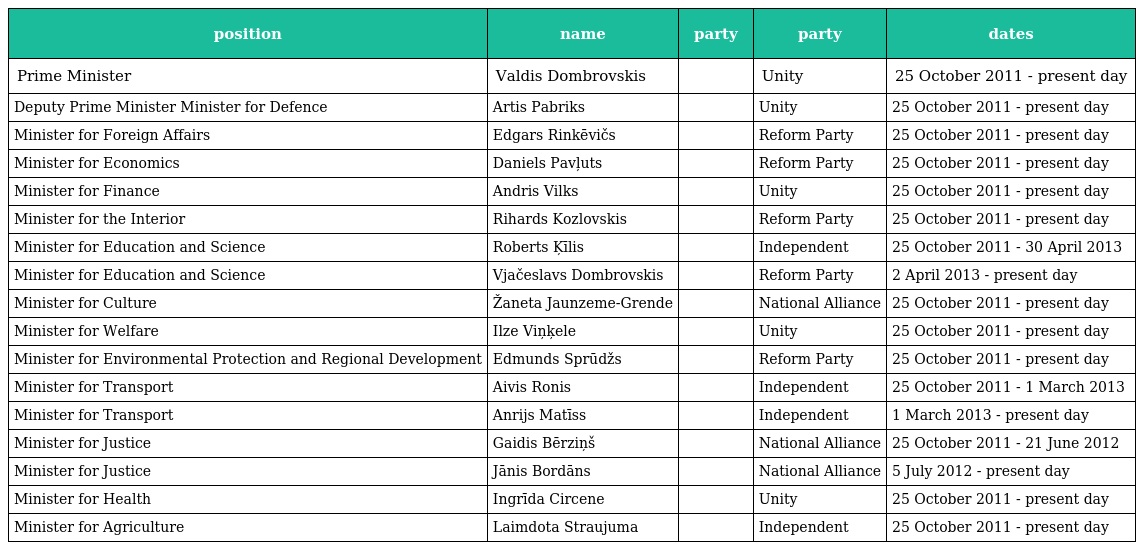
| position | name | party | party | dates |
 | --- | --- | --- | --- | --- |
 | Prime Minister | Valdis Dombrovskis |  | Unity | 25 October 2011 - present day |
 | Deputy Prime Minister Minister for Defence | Artis Pabriks |  | Unity | 25 October 2011 - present day |
 | Minister for Foreign Affairs | Edgars Rinkēvičs |  | Reform Party | 25 October 2011 - present day |
 | Minister for Economics | Daniels Pavļuts |  | Reform Party | 25 October 2011 - present day |
 | Minister for Finance | Andris Vilks |  | Unity | 25 October 2011 - present day |
 | Minister for the Interior | Rihards Kozlovskis |  | Reform Party | 25 October 2011 - present day |
 | Minister for Education and Science | Roberts Ķīlis |  | Independent | 25 October 2011 - 30 April 2013 |
 | Minister for Education and Science | Vjačeslavs Dombrovskis |  | Reform Party | 2 April 2013 - present day |
 | Minister for Culture | Žaneta Jaunzeme-Grende |  | National Alliance | 25 October 2011 - present day |
 | Minister for Welfare | Ilze Viņķele |  | Unity | 25 October 2011 - present day |
 | Minister for Environmental Protection and Regional Development | Edmunds Sprūdžs |  | Reform Party | 25 October 2011 - present day |
 | Minister for Transport | Aivis Ronis |  | Independent | 25 October 2011 - 1 March 2013 |
 | Minister for Transport | Anrijs Matīss |  | Independent | 1 March 2013 - present day |
 | Minister for Justice | Gaidis Bērziņš |  | National Alliance | 25 October 2011 - 21 June 2012 |
 | Minister for Justice | Jānis Bordāns |  | National Alliance | 5 July 2012 - present day |
 | Minister for Health | Ingrīda Circene |  | Unity | 25 October 2011 - present day |
 | Minister for Agriculture | Laimdota Straujuma |  | Independent | 25 October 2011 - present day |